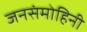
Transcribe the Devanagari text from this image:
जनसंमोहिनी